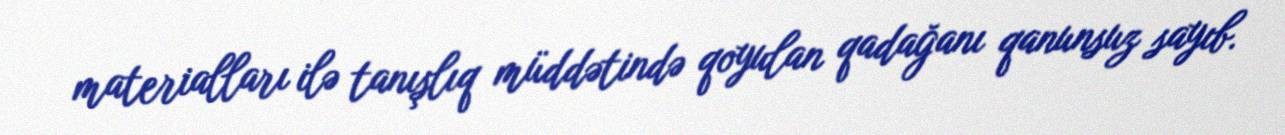
materialları ilə tanışlıq müddətində qoyulan qadağanı qanunsuz sayıb.